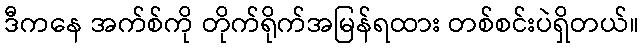
ဒီကနေ အက်စ်ကို တိုက်ရိုက်အမြန်ရထား တစ်စင်းပဲရှိတယ်။